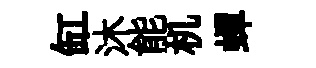
缸沐能机蟬